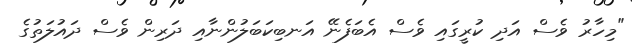
"މިހާރު ވެސް އަދި ކުރީގައި ވެސް އެބަފެނޭ އަނބިކަބަލުންނާއި ދަރިން ވެސް ދައުލަތުގެ